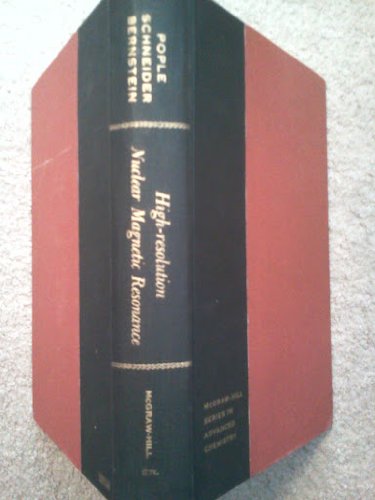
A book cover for High Resolution Nuclear Magnetic Resonance (Advanced Chemistry); J. A. Pople; Science & Math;